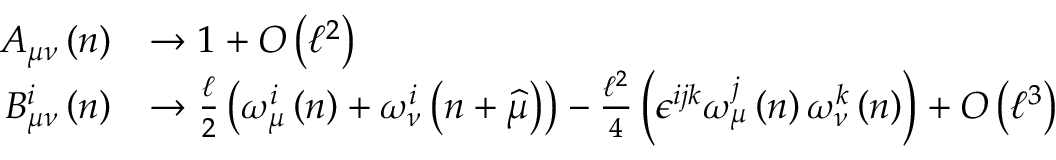
\begin{array} { r l } { A _ { \mu \nu } \left( n \right) } & { \rightarrow 1 + O \left( \mathcal { \ell } ^ { 2 } \right) } \\ { B _ { \mu \nu } ^ { i } \left( n \right) } & { \rightarrow \frac { \mathcal { \ell } } { 2 } \left( \omega _ { \mu } ^ { i } \left( n \right) + \omega _ { \nu } ^ { i } \left( n + \widehat { \mu } \right) \right) - \frac { \mathcal { \ell } ^ { 2 } } { 4 } \left( \epsilon ^ { i j k } \omega _ { \mu } ^ { j } \left( n \right) \omega _ { \nu } ^ { k } \left( n \right) \right) + O \left( \mathcal { \ell } ^ { 3 } \right) } \end{array}